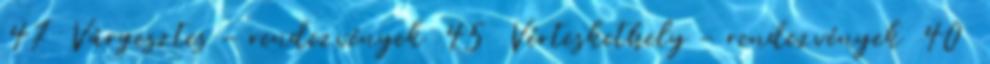
47 Várgesztes - rendezvények 45 Vérteskethely - rendezvények 40